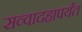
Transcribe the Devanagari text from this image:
सव्वादहापर्यंत